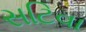
સટિવા